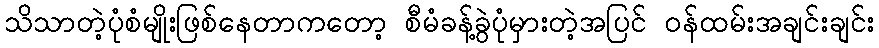
သိသာတဲ့ပုံစံမျိုးဖြစ်နေတာကတော့ စီမံခန့်ခွဲပုံမှားတဲ့အပြင် ဝန်ထမ်းအချင်းချင်း